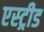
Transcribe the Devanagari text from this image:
एस्ट्रीड